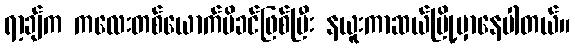
ရာ့ချ်က ကလေးတစ်ယောက်မိခင်ဖြစ်ပြီး နယူးကာဆယ်မြို့မှာနေပါတယ်။